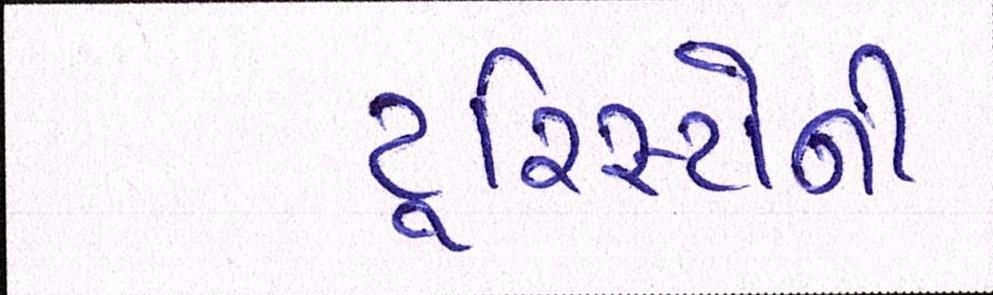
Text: ટૂરિસ્ટોની